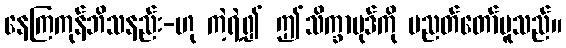
နေကြကုန်ဘိသနည်း-ဟု ကဲ့ရဲ့၍ ဤသိက္ခာပုဒ်ကို ပညတ်တော်မူသည်။